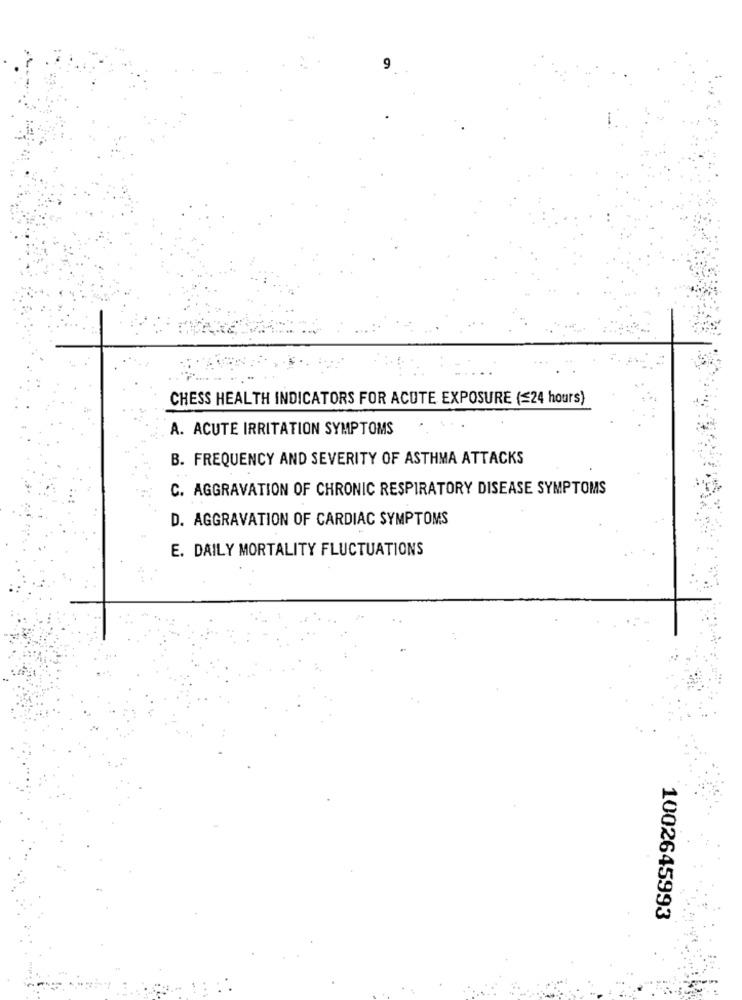
9
CHESS HEALTH INDICATORS FOR ACUTE EXPOSURE (=24 hours)
A. ACUTE IRRITATION SYMPTOMS
B. FREQUENCY AND SEVERITY OF ASTHMA ATTACKS
C. AGGRAVATION OF CHRONIC RESPIRATORY DISEASE SYMPTOMS
D. AGGRAVATION OF CARDIAC SYMPTOMS
E. DAILY MORTALITY FLUCTUATIONS
1002645993